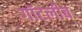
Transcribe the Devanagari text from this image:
गॉटलीब